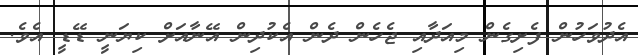
އެދުވަހުން ފެށިގެން މިއަދާއި ޖެހެން ދެން އެކުދިން އޭނާއަށް ކިޔަނީ ޑޭޑީ އެވެ.